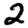
Digit: 2